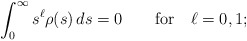
\begin{align*}\int_0^\infty s^\ell \rho(s)\, ds = 0 \qquad\hbox{for}\quad \ell = 0, 1; \end{align*}